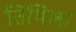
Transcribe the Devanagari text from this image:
तिथिला